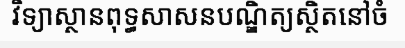
វិទ្យាស្ថានពុទ្ធសាសនបណ្ឌិត្យស្ថិតនៅចំ